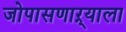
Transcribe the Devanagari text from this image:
जोपासणाऱ्याला